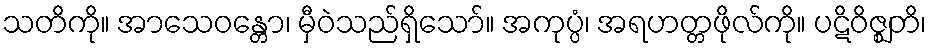
သတိကို။ အာသေဝန္တော၊ မှီဝဲသည်ရှိသော်။ အကုပ္ပံ၊ အရဟတ္တဖိုလ်ကို။ ပဋိဝိဇ္ဈတိ၊